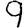
Digit: 9